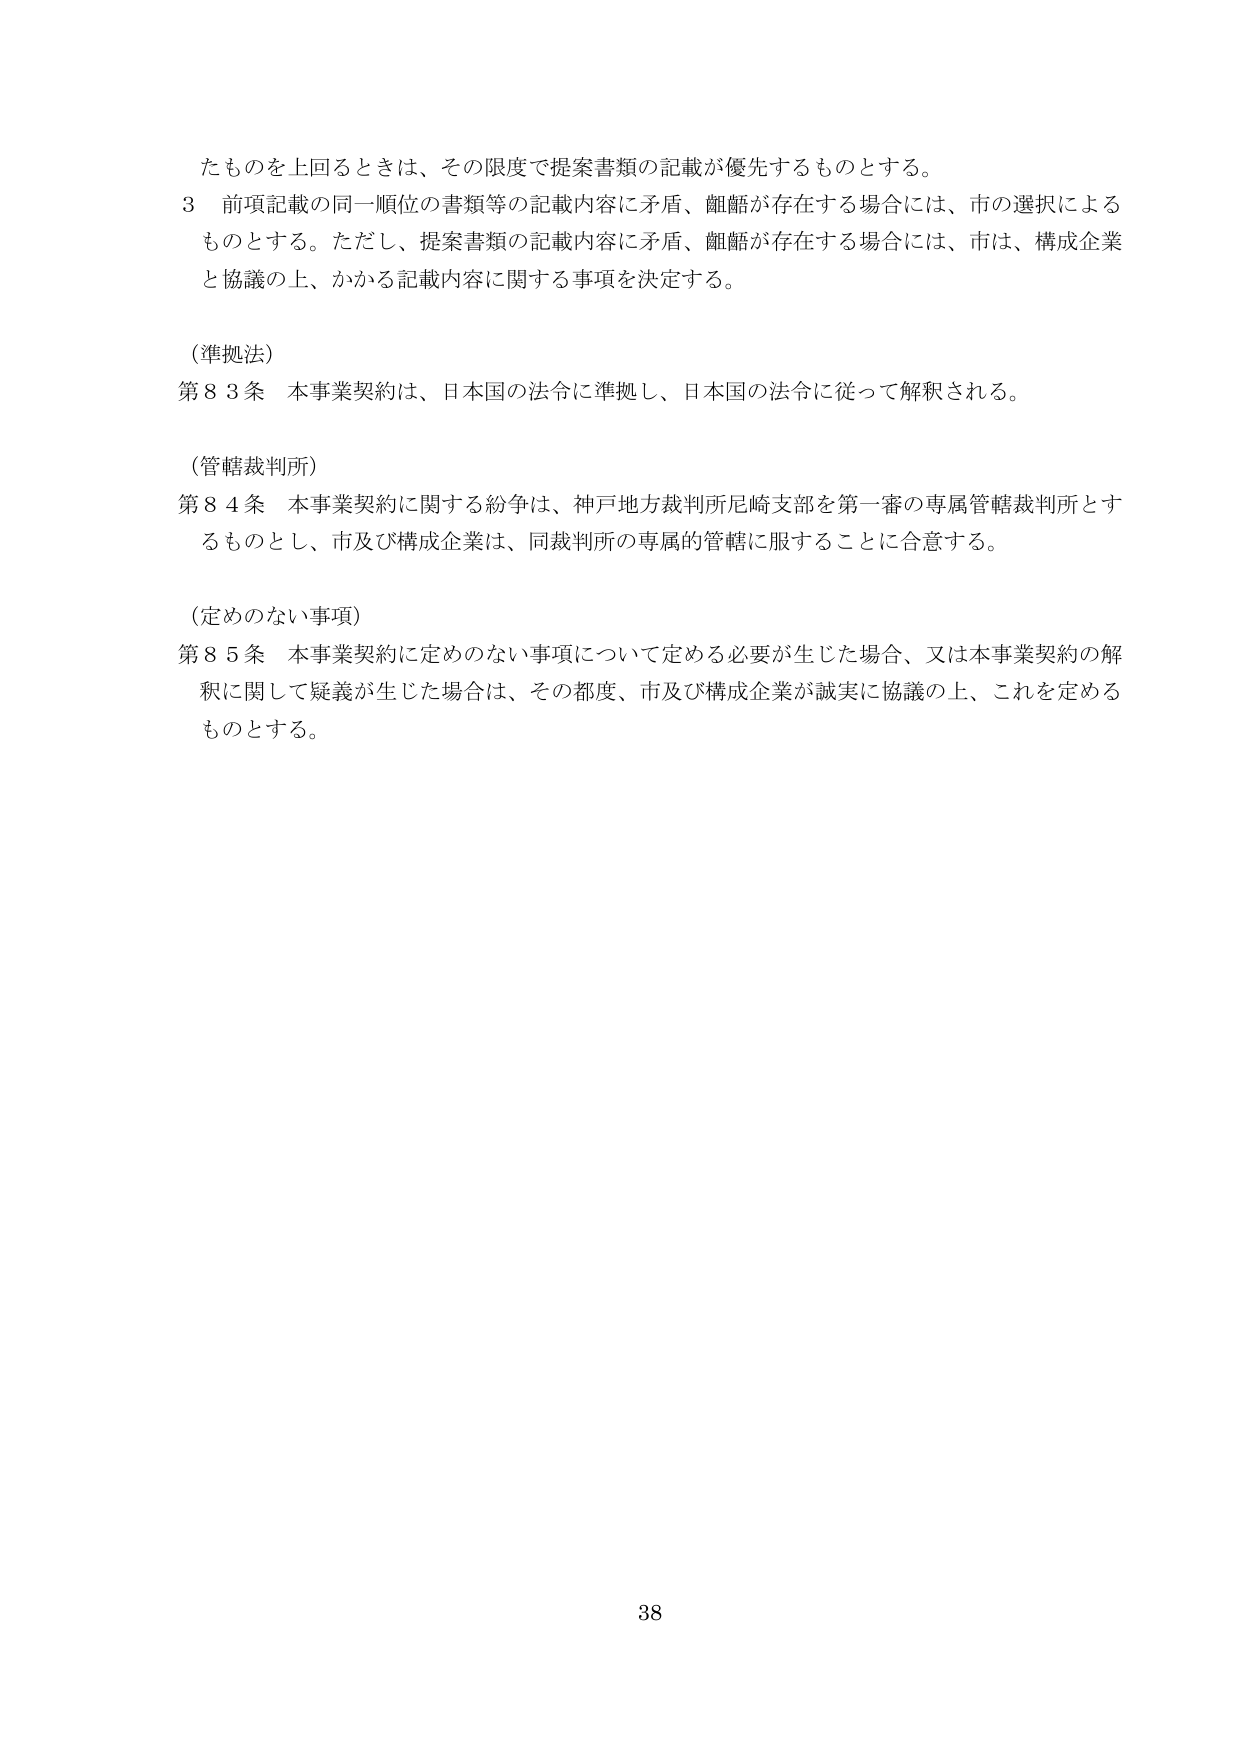
たものを上回るときは、その限度で提案書類の記載が優先するものとする。

3 前項記載の同一順位の書類等の記載内容に矛盾、齟齬が存在する場合には、市の選択によるものとする。ただし、提案書類の記載内容に矛盾、齟齬が存在する場合には、市は、構成企業と協議の上、かかる記載内容に関する事項を決定する。

（準拠法）
第83条 本事業契約は、日本国の法令に準拠し、日本国の法令に従って解釈される。

（管轄裁判所）
第84条 本事業契約に関する紛争は、神戸地方裁判所尼崎支部を第一審の専属管轄裁判所とするものとし、市及び構成企業は、同裁判所の専属的管轄に服することに合意する。

（定めのない事項）
第85条 本事業契約に定めのない事項について定める必要が生じた場合、又は本事業契約の解釈に関して疑義が生じた場合は、その都度、市及び構成企業が誠実に協議の上、これを定めるものとする。

38